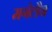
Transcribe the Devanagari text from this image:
मगेलैन